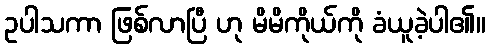
ဥပါသကာ ဖြစ်လာပြီ ဟု မိမိကိုယ်ကို ခံယူခဲ့ပါ၏။